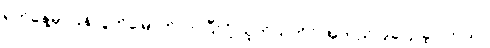
ရက်နေ့မှာပြန်လွတ်မြောက်လာပြီလို့ သူကိုယ်တိုင် အတည်ပြုပြောခဲ့ပါတယ်။